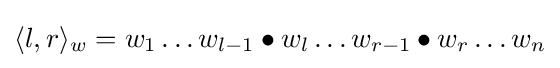
\langle l,r\rangle _{w}=w_{1}\ldots w_{l-1}\bullet w_{l}\ldots w_{r-1}\bullet w_{r}\ldots w_{n}